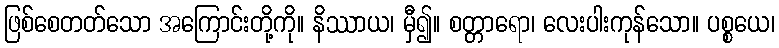
ဖြစ်စေတတ်သော အကြောင်းတို့ကို။ နိဿာယ၊ မှီ၍။ စတ္တာရော၊ လေးပါးကုန်သော။ ပစ္စယေ၊